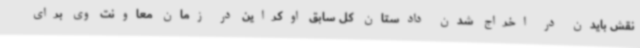
نقش بایدن در اخراج شدن دادستان کل سابق اوکراین در زمان معاونت وی برای